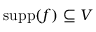
\operatorname { s u p p } ( f ) \subseteq V